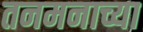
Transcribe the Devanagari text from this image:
तनमनाच्या